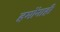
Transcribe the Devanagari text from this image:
हमोंनाही